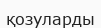
қозуларды